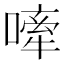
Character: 𫫣